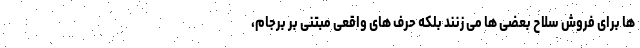
ها برای فروش سلاح بعضی ها می زنند بلکه حرف های واقعی مبتنی بر برجام،